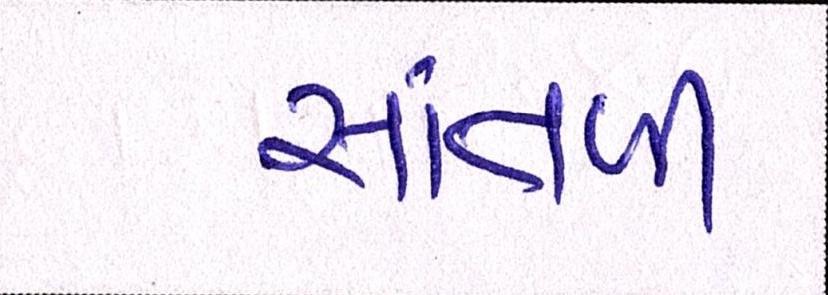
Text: સાંતળી